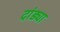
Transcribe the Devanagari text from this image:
दांड्या